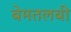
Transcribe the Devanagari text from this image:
बेमतलबी